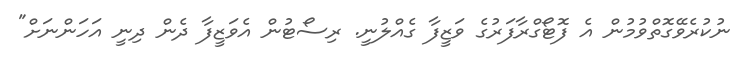
ނުކުރެވޭގޮތްވުމުން އެ ފޮޓޯގްރާފަރުގެ ވަޒީފާ ގެއްލުނީ. ރިސޯޓުން އެވަޒީފާ ދެން ދިނީ އަހަންނަށް"